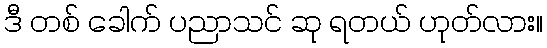
ဒီ တစ် ခေါက် ပညာသင် ဆု ရတယ် ဟုတ်လား။